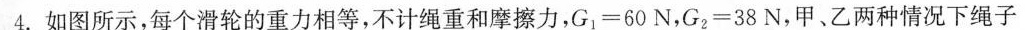
4.如图所示，每个滑轮的重力相等，不计绳重和摩擦力，G_{1}=60N，G_{2}=38N，甲、乙两种情况下绳子